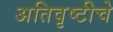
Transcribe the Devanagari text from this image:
अतिवृष्टीचे